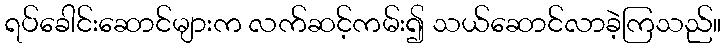
ရပ်ခေါင်းဆောင်များက လက်ဆင့်ကမ်း၍ သယ်ဆောင်လာခဲ့ကြသည်။